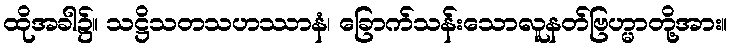
ထိုအခါ၌။ သဋ္ဌိသတသဟဿာနံ၊ ခြောက်သန်းသောလူနတ်ဗြဟ္မာတို့အား။